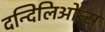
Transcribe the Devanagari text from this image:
दन्दिलिओन्स्